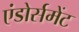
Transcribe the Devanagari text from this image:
एंडोर्समेंट